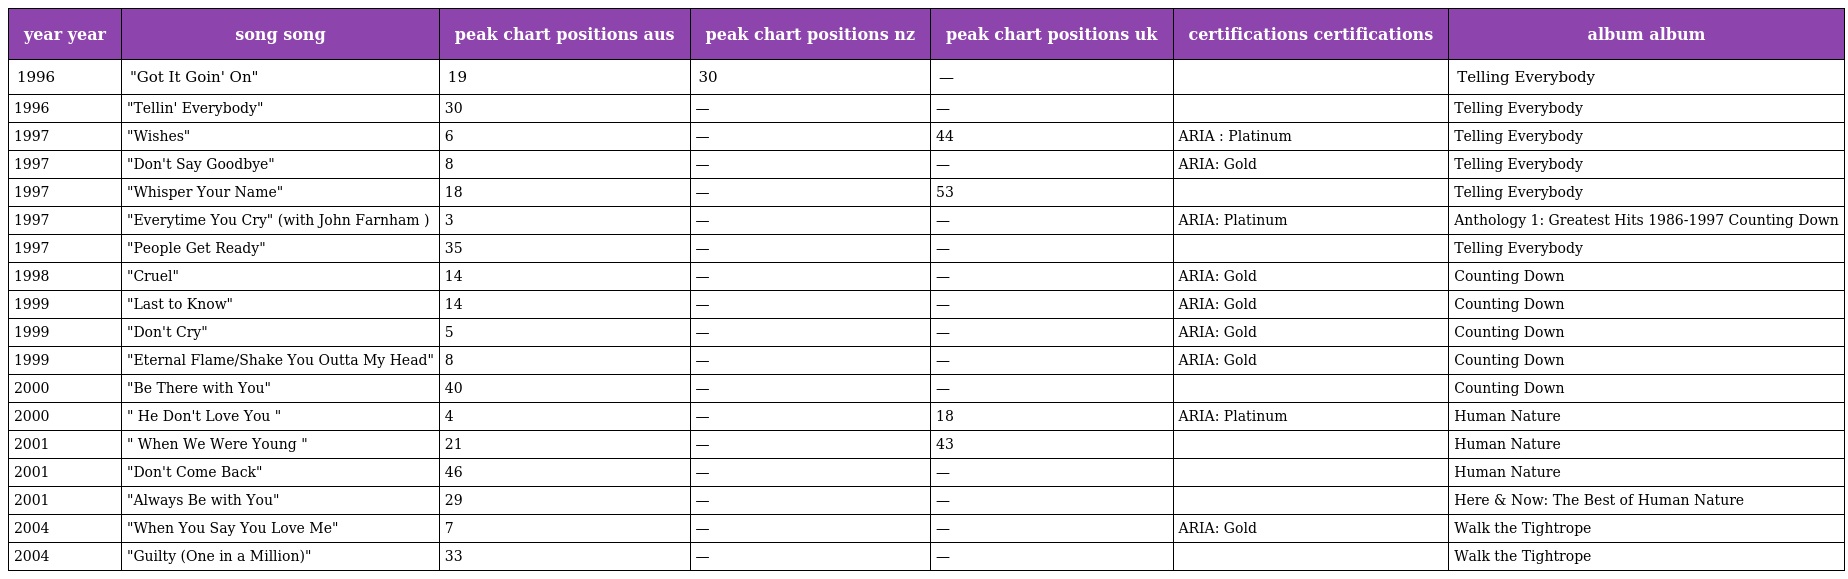
| year year | song song | peak chart positions aus | peak chart positions nz | peak chart positions uk | certifications certifications | album album |
 | --- | --- | --- | --- | --- | --- | --- |
 | 1996 | "Got It Goin' On" | 19 | 30 | — |  | Telling Everybody |
 | 1996 | "Tellin' Everybody" | 30 | — | — |  | Telling Everybody |
 | 1997 | "Wishes" | 6 | — | 44 | ARIA : Platinum | Telling Everybody |
 | 1997 | "Don't Say Goodbye" | 8 | — | — | ARIA: Gold | Telling Everybody |
 | 1997 | "Whisper Your Name" | 18 | — | 53 |  | Telling Everybody |
 | 1997 | "Everytime You Cry" (with John Farnham ) | 3 | — | — | ARIA: Platinum | Anthology 1: Greatest Hits 1986-1997 Counting Down |
 | 1997 | "People Get Ready" | 35 | — | — |  | Telling Everybody |
 | 1998 | "Cruel" | 14 | — | — | ARIA: Gold | Counting Down |
 | 1999 | "Last to Know" | 14 | — | — | ARIA: Gold | Counting Down |
 | 1999 | "Don't Cry" | 5 | — | — | ARIA: Gold | Counting Down |
 | 1999 | "Eternal Flame/Shake You Outta My Head" | 8 | — | — | ARIA: Gold | Counting Down |
 | 2000 | "Be There with You" | 40 | — | — |  | Counting Down |
 | 2000 | " He Don't Love You " | 4 | — | 18 | ARIA: Platinum | Human Nature |
 | 2001 | " When We Were Young " | 21 | — | 43 |  | Human Nature |
 | 2001 | "Don't Come Back" | 46 | — | — |  | Human Nature |
 | 2001 | "Always Be with You" | 29 | — | — |  | Here & Now: The Best of Human Nature |
 | 2004 | "When You Say You Love Me" | 7 | — | — | ARIA: Gold | Walk the Tightrope |
 | 2004 | "Guilty (One in a Million)" | 33 | — | — |  | Walk the Tightrope |